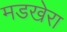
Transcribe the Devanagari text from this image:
मडखेरा